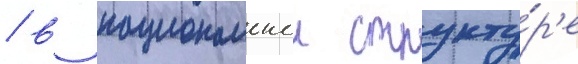
/ в национальнои структу́р'е